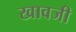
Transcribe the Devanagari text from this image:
खावजी